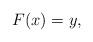
LaTeX: \begin{align*}F(x)=y,\end{align*}